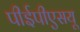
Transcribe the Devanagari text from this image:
पीईपीएसयू